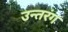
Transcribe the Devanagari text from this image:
उन्तरंग